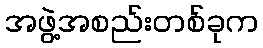
အဖွဲ့အစည်းတစ်ခုက